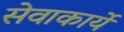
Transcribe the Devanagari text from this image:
सेवाकार्ये